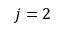
j = 2